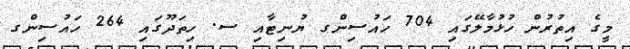
މީގެ އިތުރުން ހުޅުމާލޭގައި 704 ހައުސިންގ ޔުނިޓާއި ސ. ހިތަދޫގައި 264 ހައުސިންގ